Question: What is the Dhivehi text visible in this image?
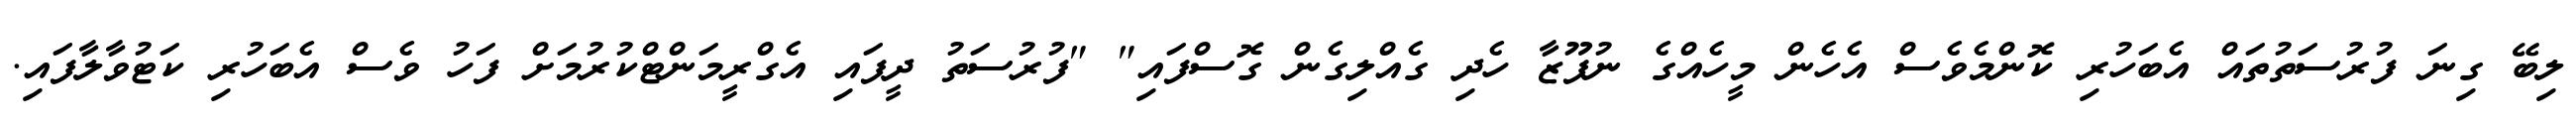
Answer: ލިބޭ ގިނަ ފުރުސަތުތައް އެބަހުރި ކޮންމެވެސް އެހެން މީހެއްގެ ނުފޫޒާ ހެދި ގެއްލިގެން ގޮސްފައި" "ފުރުސަތު ދީފައި އެގްރީމަންޓްކުރުމަށް ފަހު ވެސް އެބަހުރި ކަޓުވާލާފައި.